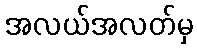
အလယ်အလတ်မှ